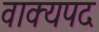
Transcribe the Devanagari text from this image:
वाक्यपद